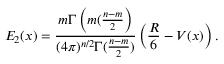
E _ { 2 } ( x ) = \frac { m \Gamma \left( m ( \frac { n - m } { 2 } \right) } { ( 4 \pi ) ^ { n / 2 } \Gamma ( \frac { n - m } { 2 } ) } \left( \frac { R } { 6 } - V ( x ) \right) .